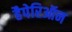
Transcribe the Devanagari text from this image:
हैपेरिऑन